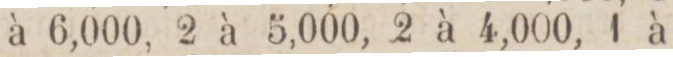
à 6,000, 2 à 5,000, 2 à 4,000, 1 à